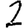
Digit: 2